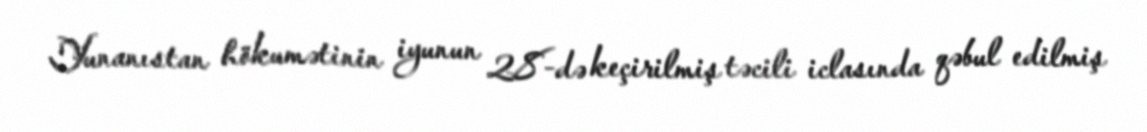
Yunanıstan hökumətinin iyunun 28-də keçirilmiş təcili iclasında qəbul edilmiş